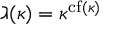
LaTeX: \gimel ( \kappa ) = \kappa ^ { { \mathrm { c f } } ( \kappa ) }